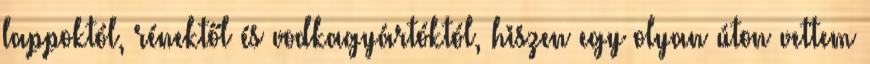
lappoktól, rénektől és vodkagyártóktól, hiszen egy olyan úton vettem